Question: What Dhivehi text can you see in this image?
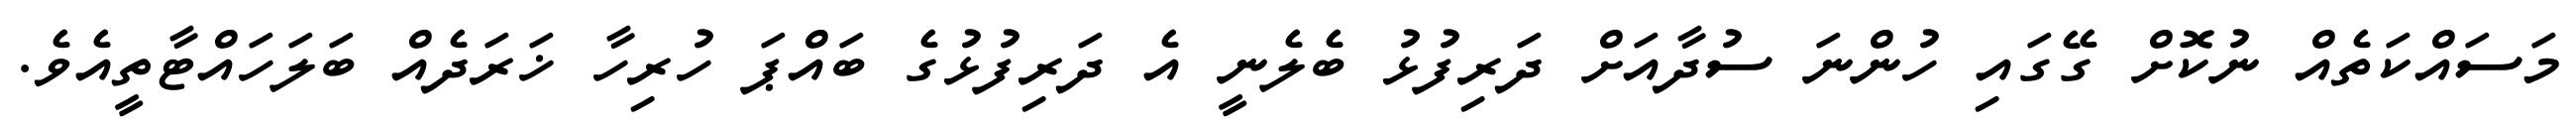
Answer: މަސައްކަތެއް ނުކޮށް ގޭގައި ހުންނަ ސުދާއަށް ދަރިފުޅު ބެލެނީ އެ ދަރިފުޅުގެ ބައްޕަ ހުރިހާ ޚަރަދެއް ބަލަހައްޓާތީއެވެ.